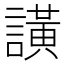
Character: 𮘺